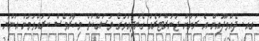
ގއ. ދެއްވަދޫއިން އެ ރަށަށް ޖަނަރޭޓަރެއް ގެންދިއުމުގެ މަސައްކަތް މިހާރުވެސް ކުރައްވަމުން އަންނަ